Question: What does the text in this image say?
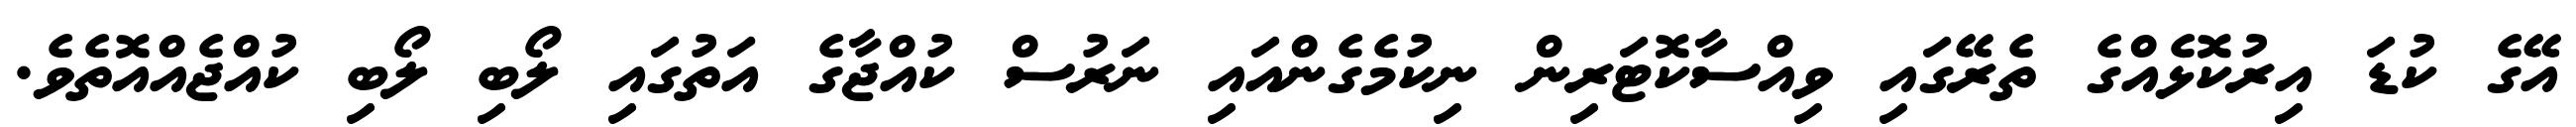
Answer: އޭގެ ކުޑަ އިރުކޮޅެއްގެ ތެރޭގައި ވިއްސާކޮޓަރިން ނިކުމެގެންއައި ނަރުސް ކުއްޖާގެ އަތުގައި ލޯބި ލޯބި ކުއްޖެއްއޮތެވެ.